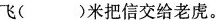
飞( )米把信交给老虎。